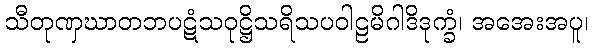
သီတုဏှဃာတဘပဋံသဝုဋ္ဌိသရိသပဝါဠမိဂါဒိဒုက္ခံ၊ အအေးအပူ၊